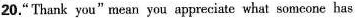
20."'Thank you"mean you appreciate what someone has